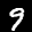
Label: 9